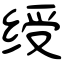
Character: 绶